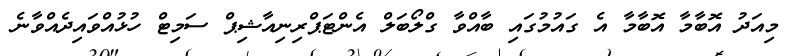
މިއަދު އޮބާމާ އޮބާމާ އެ ގައުމުގައި ބާއްވާ ގްލޯބަލް އެންޓަޕްރިނިއާޝިޕް ސަމިޓް ހުޅުއްވައިދެއްވާނެ